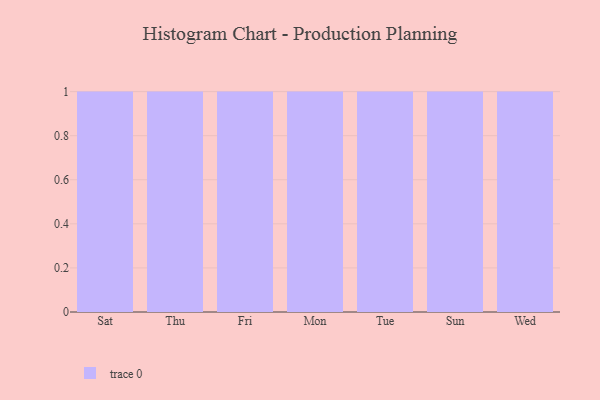
{"axis": {"x": "Day", "y": "Shipments"}, "legend": [""], "data": [{"x": "Sat", "y": 42, "type": ""}, {"x": "Thu", "y": 45, "type": ""}, {"x": "Fri", "y": 58, "type": ""}, {"x": "Mon", "y": 71, "type": ""}, {"x": "Tue", "y": 49, "type": ""}, {"x": "Sun", "y": 85, "type": ""}, {"x": "Wed", "y": 80, "type": ""}]}